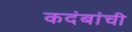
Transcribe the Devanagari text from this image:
कदंबांची